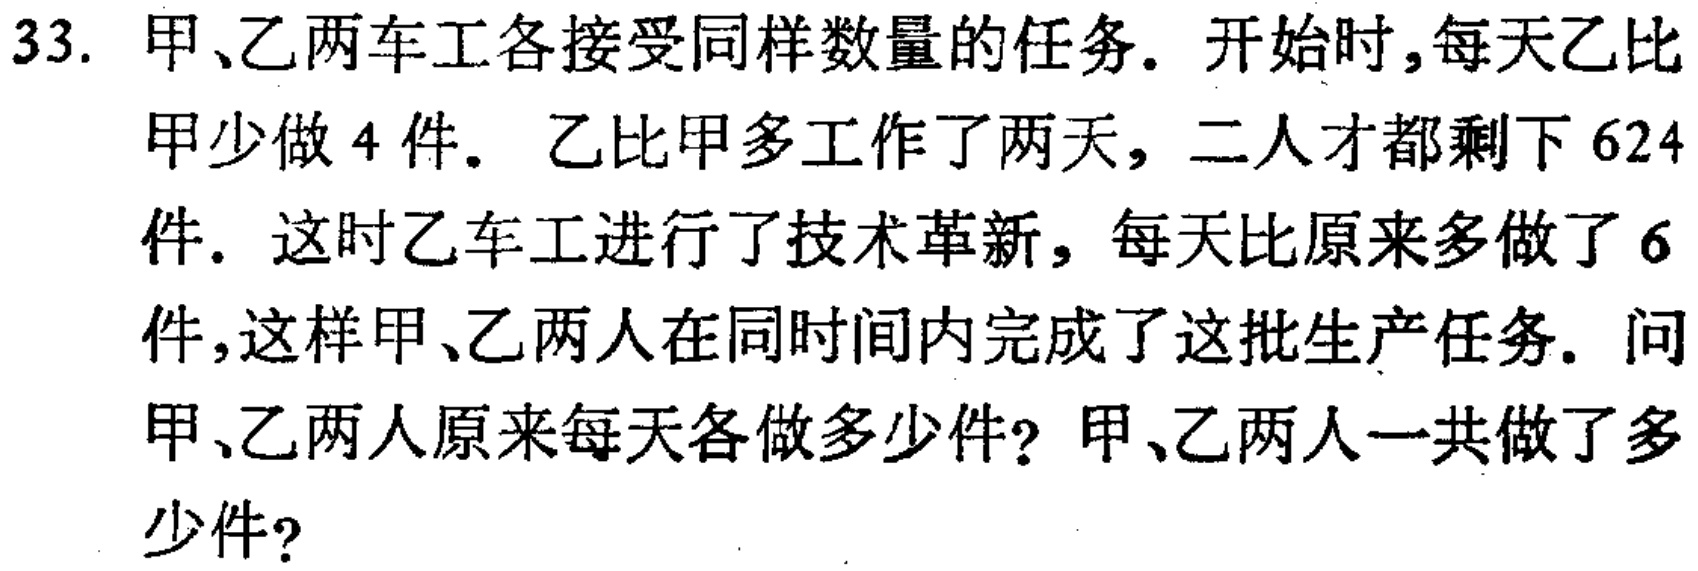
33. 甲、乙两车工各接受同样数量的任务. 开始时,每天乙比甲少做 4 件. 乙比甲多工作了两天, 二人才都剩下 624件. 这时乙车工进行了技术革新, 每天比原来多做了 6件,这样甲、乙两人在同时间内完成了这批生产任务. 问甲、乙两人原来每天各做多少件? 甲、乙两人一共做了多少件?